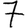
Digit: 7